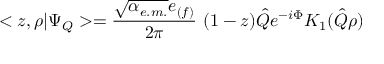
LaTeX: < z , \rho | \Psi _ { Q } > = \frac { \sqrt { \alpha _ { e . m . } } e _ { ( f ) } } { 2 \pi } \ ( 1 - z ) \hat { Q } e ^ { - i \Phi } K _ { 1 } ( \hat { Q } \rho )